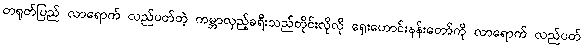
တရုတ်ပြည် လာရောက် လည်ပတ်တဲ့ ကမ္ဘာလှည့်ခရီးသည်တိုင်းလိုလို ရှေးဟောင်းနန်းတော်ကို လာရောက် လည်ပတ်